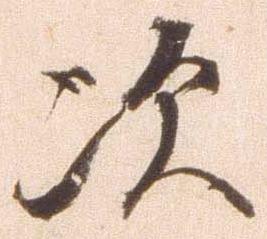
次